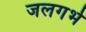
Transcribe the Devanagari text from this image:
जलगर्भ